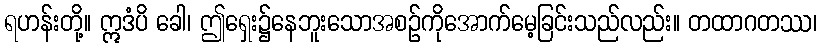
ရဟန်းတို့။ ဣဒံပိ ခေါ၊ ဤရှေး၌နေဘူးသောအစဉ်ကိုအောက်မေ့ခြင်းသည်လည်း။ တထာဂတဿ၊